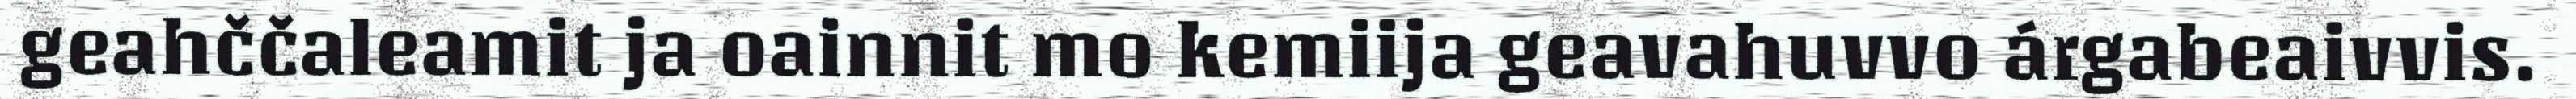
geahččaleamit ja oainnit mo kemiija geavahuvvo árgabeaivvis.